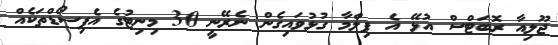
ޖޫލިއާ ރޮބަޓްސް އުޅޭ އެ ފިލްމާ ގުޅުވައިގެން ނެރޭނީ 30 މިނިޓުގެ އެޕިސޯޑްތަކެއް